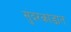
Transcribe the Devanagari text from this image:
सुंदरकांडात